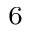
^ { 6 }